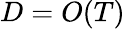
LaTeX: D=O(T)